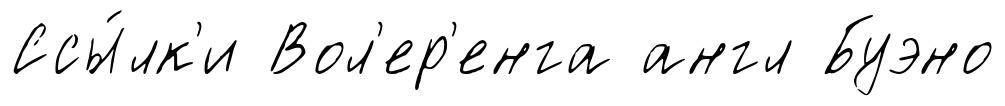
Ссы́лк'и Вол'ер'енга англ Буэно